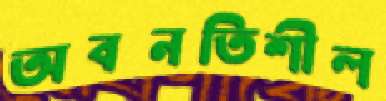
অবনতিশীল